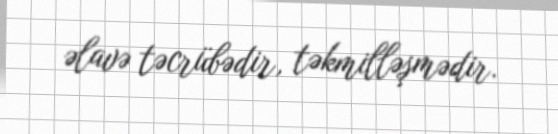
əlavə təcrübədir, təkmilləşmədir.